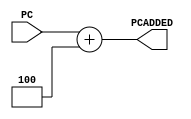
/*
Authers     : WIJERATHNA I.M.K.D.I.     e19446@eng.pdn.ac.lk
              DISSANAYAKE D.M.I.G.      e19090@eng.pdn.ac.lk
Lab         : Lab 5 part 3
              pc.v
Last Updated: Sunday, May 28, 2023 2:54:54 PM
*/

// tested - working properly
module pc_add(PC,PCADDED); 
    

    // declaring ports
    input [31:0] PC;    //initial PC value
    output reg [31:0] PCADDED;  //final PC value

    always @(PC) begin
    // assign PC_value +1 with 1 s  artificial delay
        #1 PCADDED=PC+4;
    end

endmodule